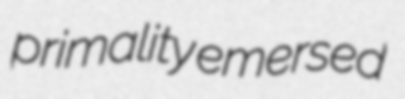
primality emersed